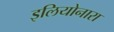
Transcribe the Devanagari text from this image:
इलियोनारा